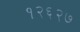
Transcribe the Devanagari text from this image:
१२६२७